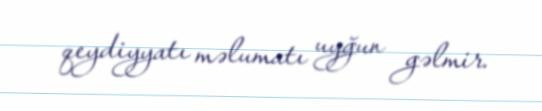
qeydiyyatı məlumatı uyğun gəlmir.